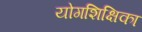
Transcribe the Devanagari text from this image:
योगशिक्षिका